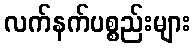
လက်နက်ပစ္စည်းများ